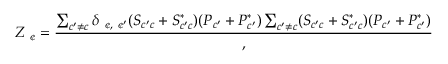
Z _ { \mathrm { \scriptsize \textit { \textcent } } } = \frac { \sum _ { c ^ { \prime } \neq c } \delta _ { \mathrm { \scriptsize \textit { \textcent } } , \mathrm { \scriptsize \textit { \textcent } } ^ { \prime } } ( S _ { c ^ { \prime } c } + S _ { c ^ { \prime } c } ^ { * } ) ( P _ { c ^ { \prime } } + P _ { c ^ { \prime } } ^ { * } ) \sum _ { c ^ { \prime } \neq c } ( S _ { c ^ { \prime } c } + S _ { c ^ { \prime } c } ^ { * } ) ( P _ { c ^ { \prime } } + P _ { c ^ { \prime } } ^ { * } ) } ,